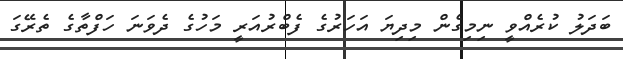
ބަދަލު ކުރެއްވީ ނިމިގެން މިދިޔަ އަހަރުގެ ފެބްރުއަރީ މަހުގެ ދެވަަނަ ހަފްތާގެ ތެރޭގަ